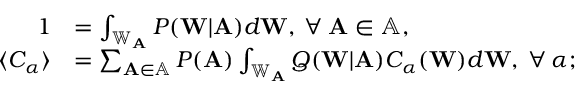
\begin{array} { r l } { 1 } & { = \int _ { \mathbb { W } _ { \mathbf { A } } } P ( \mathbf { W } | \mathbf { A } ) d \mathbf { W } , \: \forall \: \mathbf { A } \in \mathbb { A } , } \\ { \langle C _ { \alpha } \rangle } & { = \sum _ { \mathbf { A } \in \mathbb { A } } P ( \mathbf { A } ) \int _ { \mathbb { W } _ { \mathbf { A } } } Q ( \mathbf { W } | \mathbf { A } ) C _ { \alpha } ( \mathbf { W } ) d \mathbf { W } , \: \forall \: \alpha ; } \end{array}